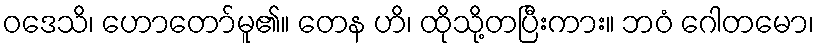
ဝဒေသိ၊ ဟောတော်မူ၏။ တေန ဟိ၊ ထိုသို့တပြီးကား။ ဘဝံ ဂေါတမော၊